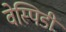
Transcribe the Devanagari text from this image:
वेस्पिडी